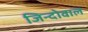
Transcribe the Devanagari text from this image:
जिन्दोवाल